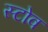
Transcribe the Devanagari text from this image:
स्‍टोव